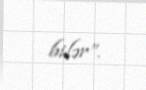
bilər”.